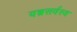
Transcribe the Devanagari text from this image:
यन्त्रसर्वस्व